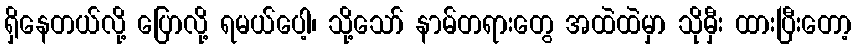
ရှိနေတယ်လို့ ပြောလို့ ရမယ်ပေါ့၊ သို့သော် နာမ်တရားတွေ အထဲထဲမှာ သိုမှီး ထားပြီးတော့